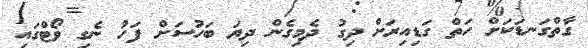
ގާތްގަނޑަކަށް ހަތް ގަޑިއިރަށް ދިގު ދެމިގެން ދިޔަ ބަހުސަށް ފަހު ނެގި ވޯޓްގައި